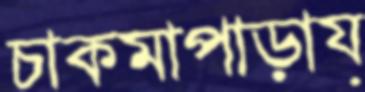
চাকমাপাড়ায়